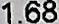
1.68